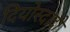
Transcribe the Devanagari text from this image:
दियोस्दादो